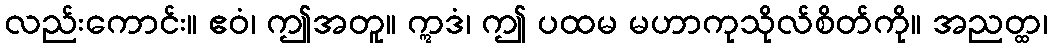
လည်းကောင်း။ ဧဝံ၊ ဤအတူ။ ဣဒံ၊ ဤ ပထမ မဟာကုသိုလ်စိတ်ကို။ အညတ္ထ၊